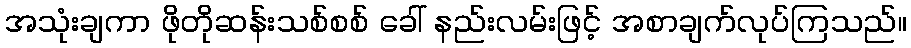
အသုံးချကာ ဖိုတိုဆန်းသစ်စစ် ခေါ် နည်းလမ်းဖြင့် အစာချက်လုပ်ကြသည်။